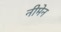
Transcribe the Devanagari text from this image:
नीमेन